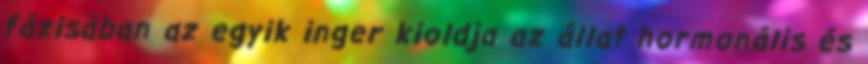
fázisában az egyik inger kioldja az állat hormonális és